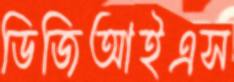
ডিজিআইএস